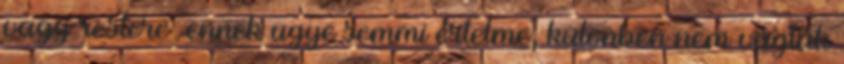
vagy rostere ennek ugye semmi értelme, különben nem vágták